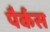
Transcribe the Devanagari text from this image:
पैर्कस